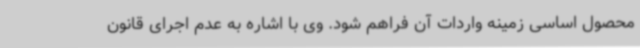
محصول اساسی زمینه واردات آن فراهم شود. وی با اشاره به عدم اجرای قانون